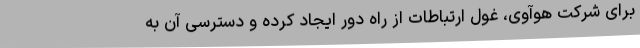
برای شرکت هوآوی، غول ارتباطات از راه دور ایجاد کرده و دسترسی آن به